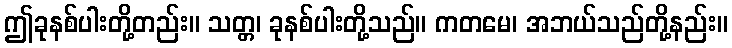
ဤခုနစ်ပါးတို့တည်း။ သတ္တ၊ ခုနစ်ပါးတို့သည်။ ကတမေ၊ အဘယ်သည်တို့နည်း။